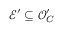
{ \mathcal { E } } ^ { \prime } \subseteq { \mathcal { O } } _ { C } ^ { \prime }